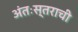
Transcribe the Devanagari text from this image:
अंतःस्तराची